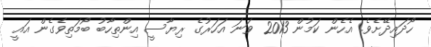
ހޯދައިދޭށެވެ. އެހެން ކަމުން 2013 ވަނަ އަހަރުގެ ރިޔާސީ އިންތިހާބު ބޯމަތިވެގެން އައީ